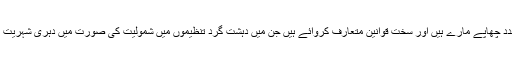
آسٹریلیا نے ملک بھر میں دہشت گردی سے نمٹنے کے لیے متعدد چھاپے مارے ہیں اور سخت قوانین متعارف کروائے ہیں جن میں دہشت گرد تنظیموں میں شمولیت کی صورت میں دہری شہریت رکھنے والے افراد کی شہریت ختم کرنے کا اقدام بھی شامل ہے۔